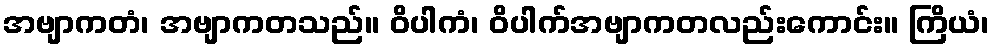
အဗျာကတံ၊ အဗျာကတသည်။ ဝိပါကံ၊ ဝိပါက်အဗျာကတလည်းကောင်း။ ကြိယံ၊